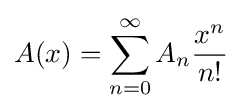
A(x)=\sum _{n=0}^{\infty }A_{n}{\frac {x^{n}}{n!}}